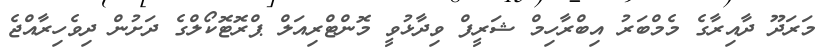
މަރަދޫ ދާއިރާގެ މެމްބަރު އިބްރާހިމް ޝަރީފް ވިދާޅުވީ މޮންޓްރިއަލް ޕްރޮޓޮކޯލްގެ ދަށުން ދިވެހިރާއްޖެ